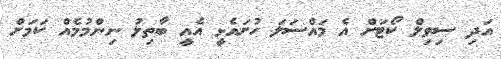
އަދި ސިވިލް ކޯޓަށް އެ މައްސަލަ ހުށައެޅީ އެއީ ބާތިލު ނިންމުމެއް ކަމަށް